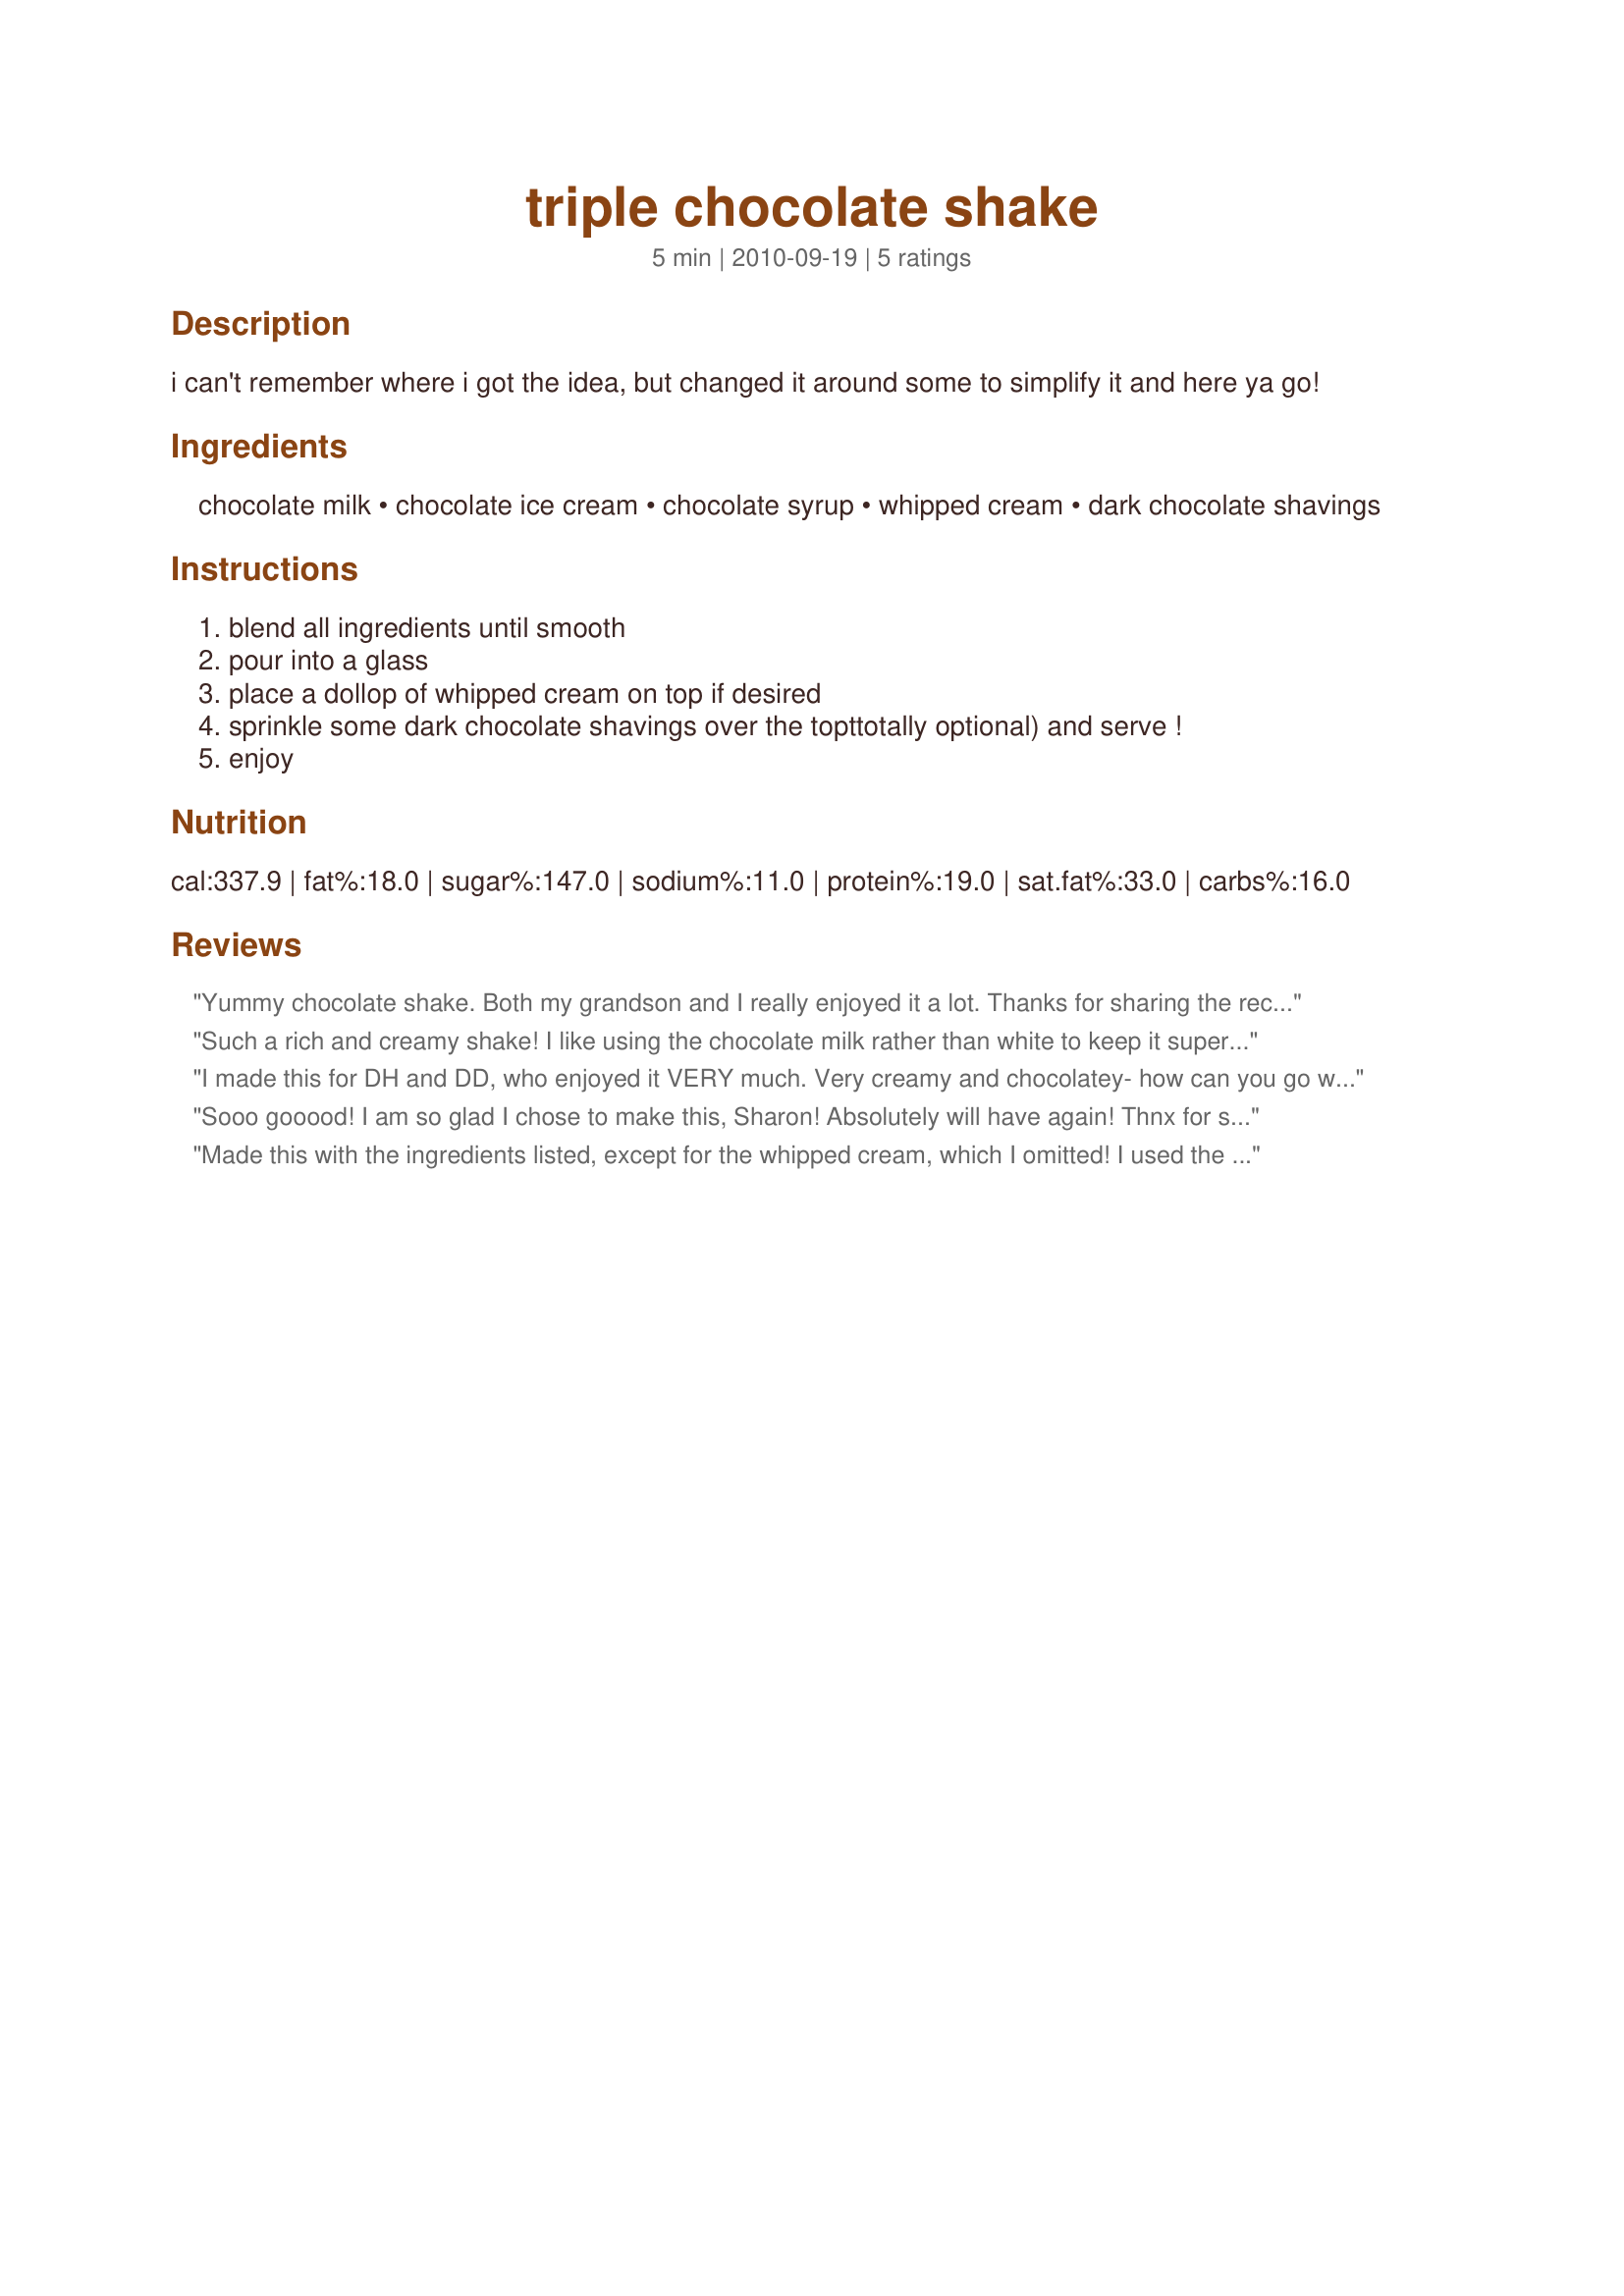
triple chocolate shake
Preparation time: 5 minutes

i can't remember where i got the idea, but changed it around some to simplify it and here ya go!

Ingredients:
chocolate milk, chocolate ice cream, chocolate syrup, whipped cream, dark chocolate shavings

Steps:
blend all ingredients until smooth
pour into a glass
place a dollop of whipped cream on top if desired
sprinkle some dark chocolate shavings over the topttotally optional) and serve !
enjoy

Reviews:
Yummy chocolate shake. Both my grandson and I really enjoyed it a lot. Thanks for sharing the recipe Sharon. Made in memory of your beloved husband.
Such a rich and creamy shake! I like using the chocolate milk rather than white to keep it super chocolately! Made for Sharon123 Cook-A-Thon.
I made this for DH and DD, who enjoyed it VERY much. Very creamy and chocolatey- how can you go wrong??? (besides a chocolate-coma?? hehe)Made in memory of your beloved husband.
Sooo gooood! I am so glad I chose to make this, Sharon! Absolutely will have again! Thnx for sharing. Made for KcK's Forum.
Made this with the ingredients listed, except for the whipped cream, which I omitted! I used the entire 1/4 cup of syrup & was also generous with the dark chocolate shavings & had a most wonderful chocolate fix! Thanks for sharing this keeper of a recipe! [Tagged & made in Please Review My Recipe]
